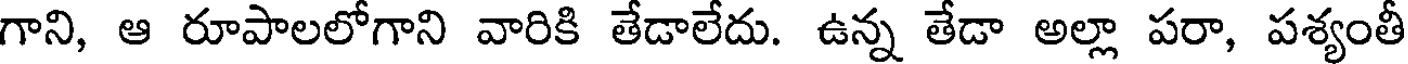
గాని, ఆ రూపాలలోగాని వారికి తేడాలేదు. ఉన్న తేడా అల్లా పరా, పశ్యంతీ